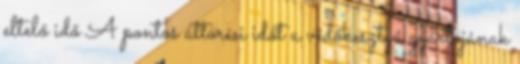
eltelő idő A pontos áttörési időt a védőkesztyű gyártójának